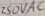
Text: 250VAC